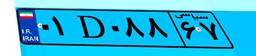
۷۰D۳۹۳۷۳